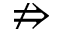
\nRightarrow